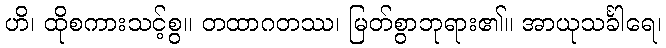
ဟိ၊ ထိုစကားသင့်စွ။ တထာဂတဿ၊ မြတ်စွာဘုရား၏။ အာယုသင်္ခါရေ၊